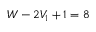
W - 2 V _ { 1 } + 1 = 8